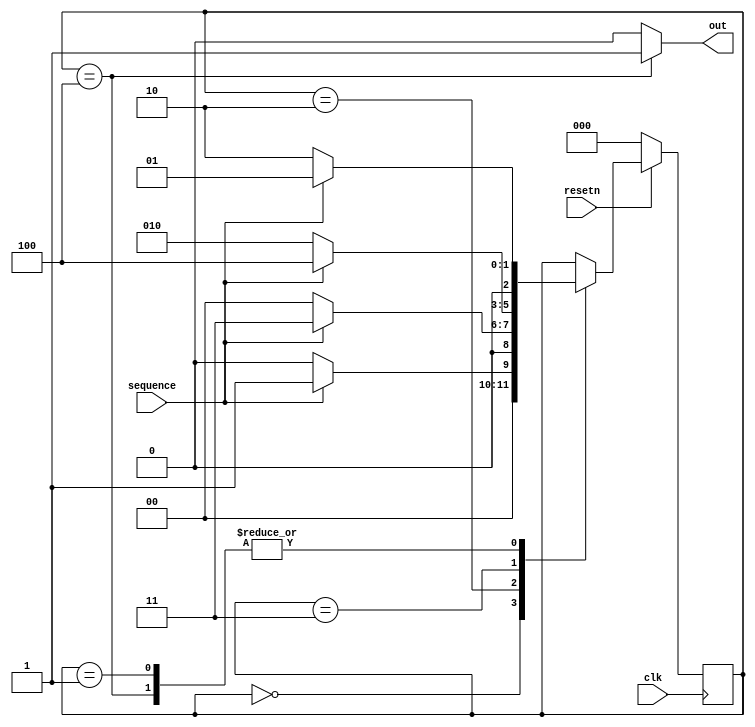
`timescale 1ns / 1ps
//////////////////////////////////////////////////////////////////////////////////
// Company: 
// Engineer: 
// 
// Design Name: 
// Module Name:    seq_detector 
// Project Name: 
// Target Devices: 
// Tool versions: 
// Description: 
//
// Dependencies: 
//
// Revision: 
// Revision 0.01 - File Created
// Additional Comments: 
//
//////////////////////////////////////////////////////////////////////////////////
module seq_detector(
input sequence,
input clk,resetn,
output reg out
    );
	 
reg [2:0]cur_s,nex_s;
parameter s0 = 3'b000,s1 = 3'b001,s2 = 3'b010,s3 = 3'b011,s4 = 3'b100;

always @(posedge clk)
begin
if(~resetn)
cur_s <= s0;
else
cur_s <= nex_s;
end

always @(cur_s,sequence)
begin
out = 0;
nex_s = cur_s;
case(cur_s)
s0:begin 
	if(sequence)
	nex_s = s1;
	else
	nex_s = s0;
	end
s1:begin
	if(sequence)
	nex_s = s1;
	else
	nex_s = s2;
	end
s2:begin
	if(sequence)
	nex_s = s3;
	else
	nex_s = s0;
	end
s3:begin
	if(sequence)
	nex_s = s4;
	else
	nex_s = s2;
	end
s4:begin
	out = 1;
	if(sequence)
	nex_s = s1;
	else
	nex_s = s2;
	end
endcase
end

//assign out = (s4)?1:0;



endmodule